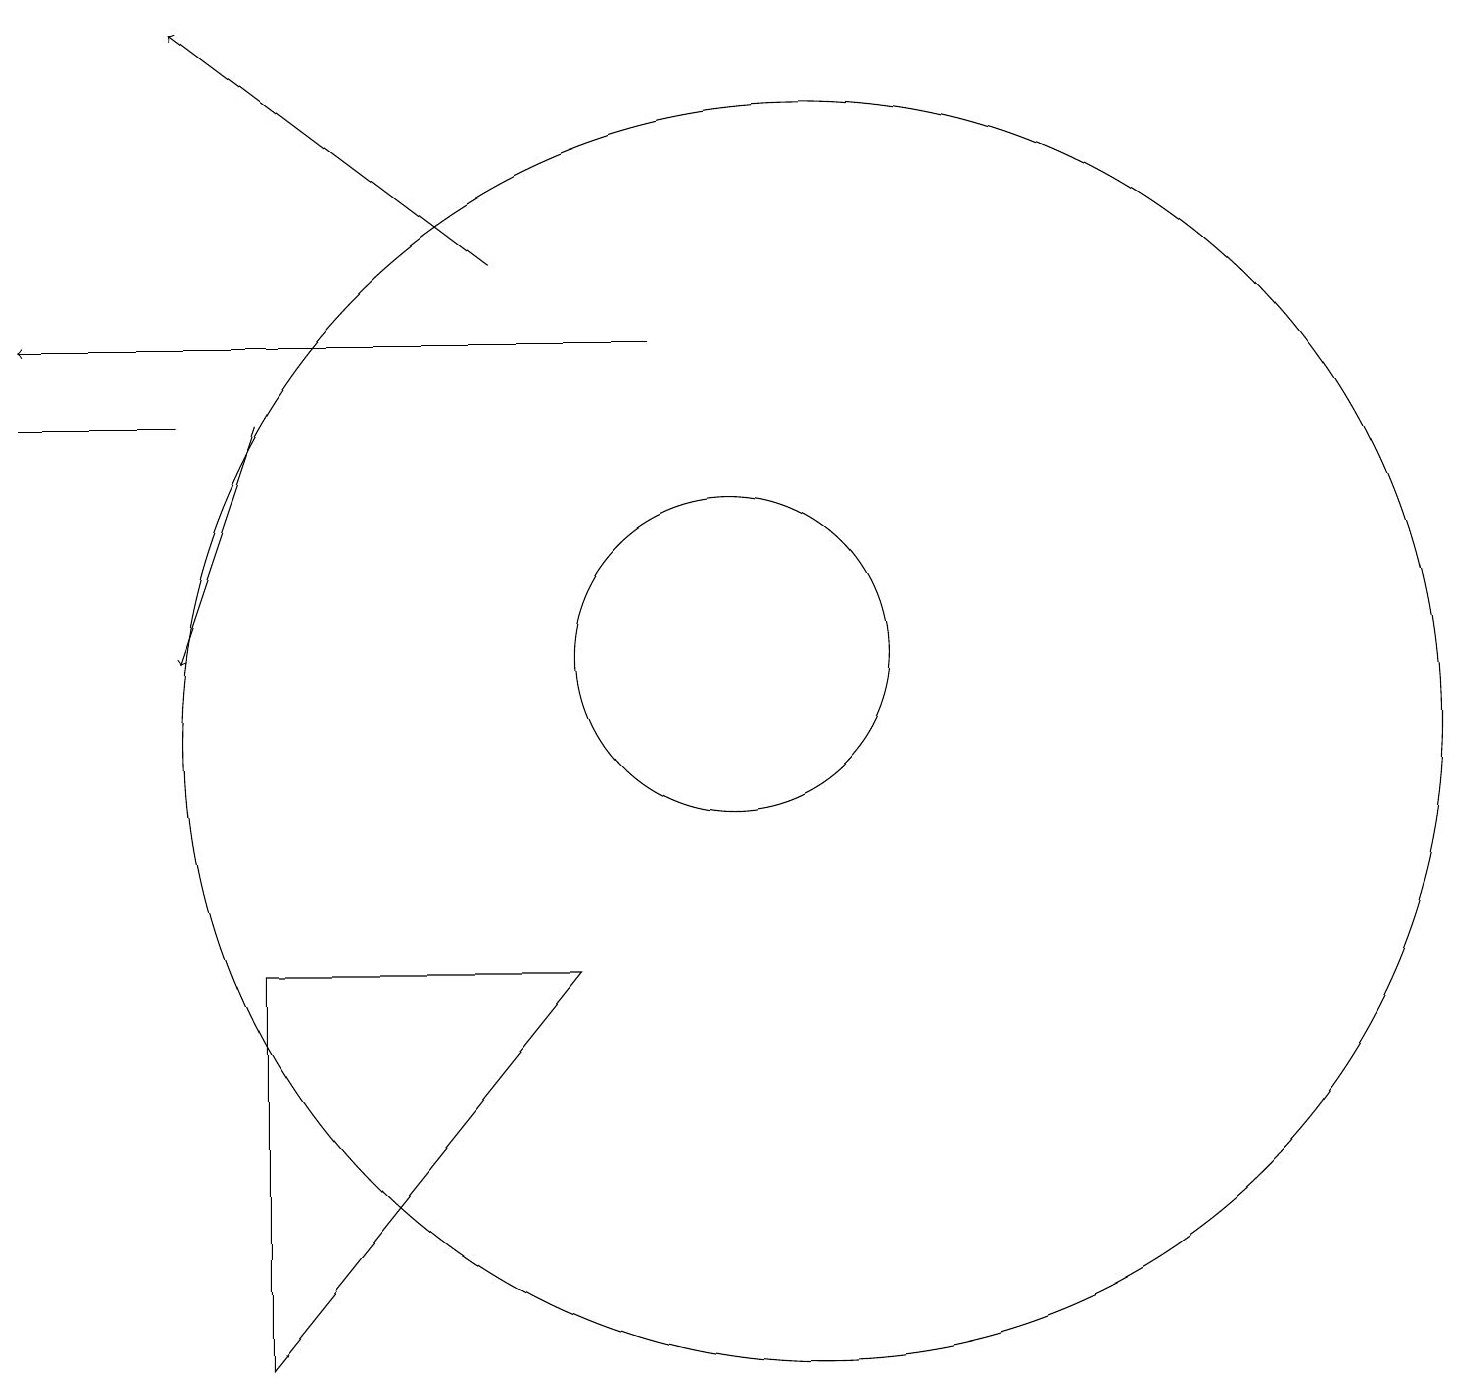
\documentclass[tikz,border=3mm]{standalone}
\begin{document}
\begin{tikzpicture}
\draw (11,10) circle (8);
\draw[->] (7,16) -- (3,19);
\draw (10,11) circle (2);
\draw[->] (4,14) -- (3,11);
\draw[->] (9,15) -- (1,15);
\draw (4,7) -- (8,7) -- (4,2) -- cycle;
\draw (1,14) rectangle (3,14);
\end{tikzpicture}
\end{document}